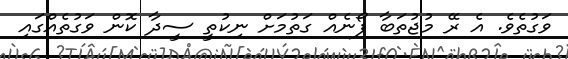
ވަގުތެވެ. އެ ރޭ މުޖުތަބާ ފޯނެއް ގަތުމަށް ނިކުތީ ސީދާ ކޮން ވަގުތެއްގައި